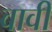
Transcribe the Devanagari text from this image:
वावी